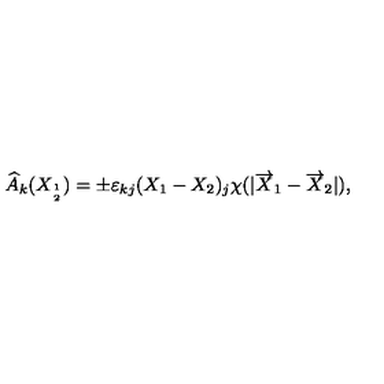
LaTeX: \widehat { A } _ { k } ( X _ { 1 \atop 2 } ) = \pm \varepsilon _ { k j } ( X _ { 1 } - X _ { 2 } ) _ { j } \chi ( | \overrightarrow { X } _ { 1 } - \overrightarrow { X } _ { 2 } | ) ,